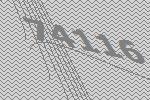
74116